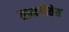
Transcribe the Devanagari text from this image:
ग्रामगीतेत